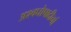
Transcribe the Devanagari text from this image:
अश्वघोषादीनां